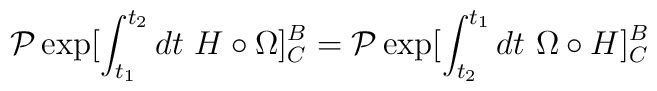
{\cal P} \exp [\int_{t_1}^{t_2}dt \ H\circ \Omega]^B_C ={\cal P} \exp [\int_{t_2}^{t_1}dt  \ \Omega \circ H]^B_C